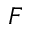
F